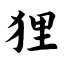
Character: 狸